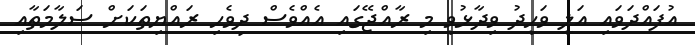
އުފައްދަވައި އަލީ ވަހީދު ވިދާޅުވީ މި ރާއްޖޭގައި އެއްވެސް ދިވެހި ރައްޔިތަކަށް ސަލާމަތާއި